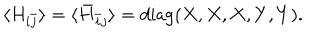
\langle H _ { i \bar { j } } \rangle = \langle \bar { H } _ { \bar { i } j } \rangle = \mathrm { d i a g } ( X , X , X , Y , Y ) .